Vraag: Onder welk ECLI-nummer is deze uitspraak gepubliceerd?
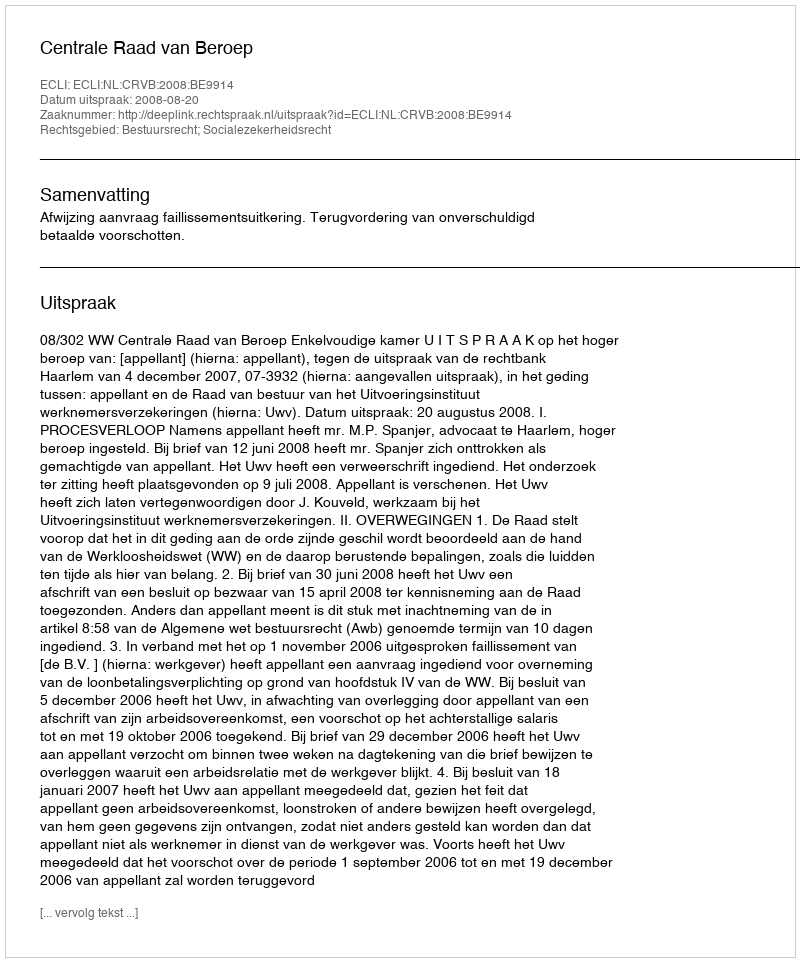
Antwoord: ECLI:NL:CRVB:2008:BE9914